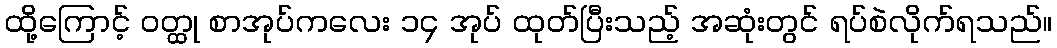
ထို့ကြောင့် ဝတ္ထု စာအုပ်ကလေး ၁၄ အုပ် ထုတ်ပြီးသည့် အဆုံးတွင် ရပ်စဲလိုက်ရသည်။